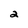
Character: 2